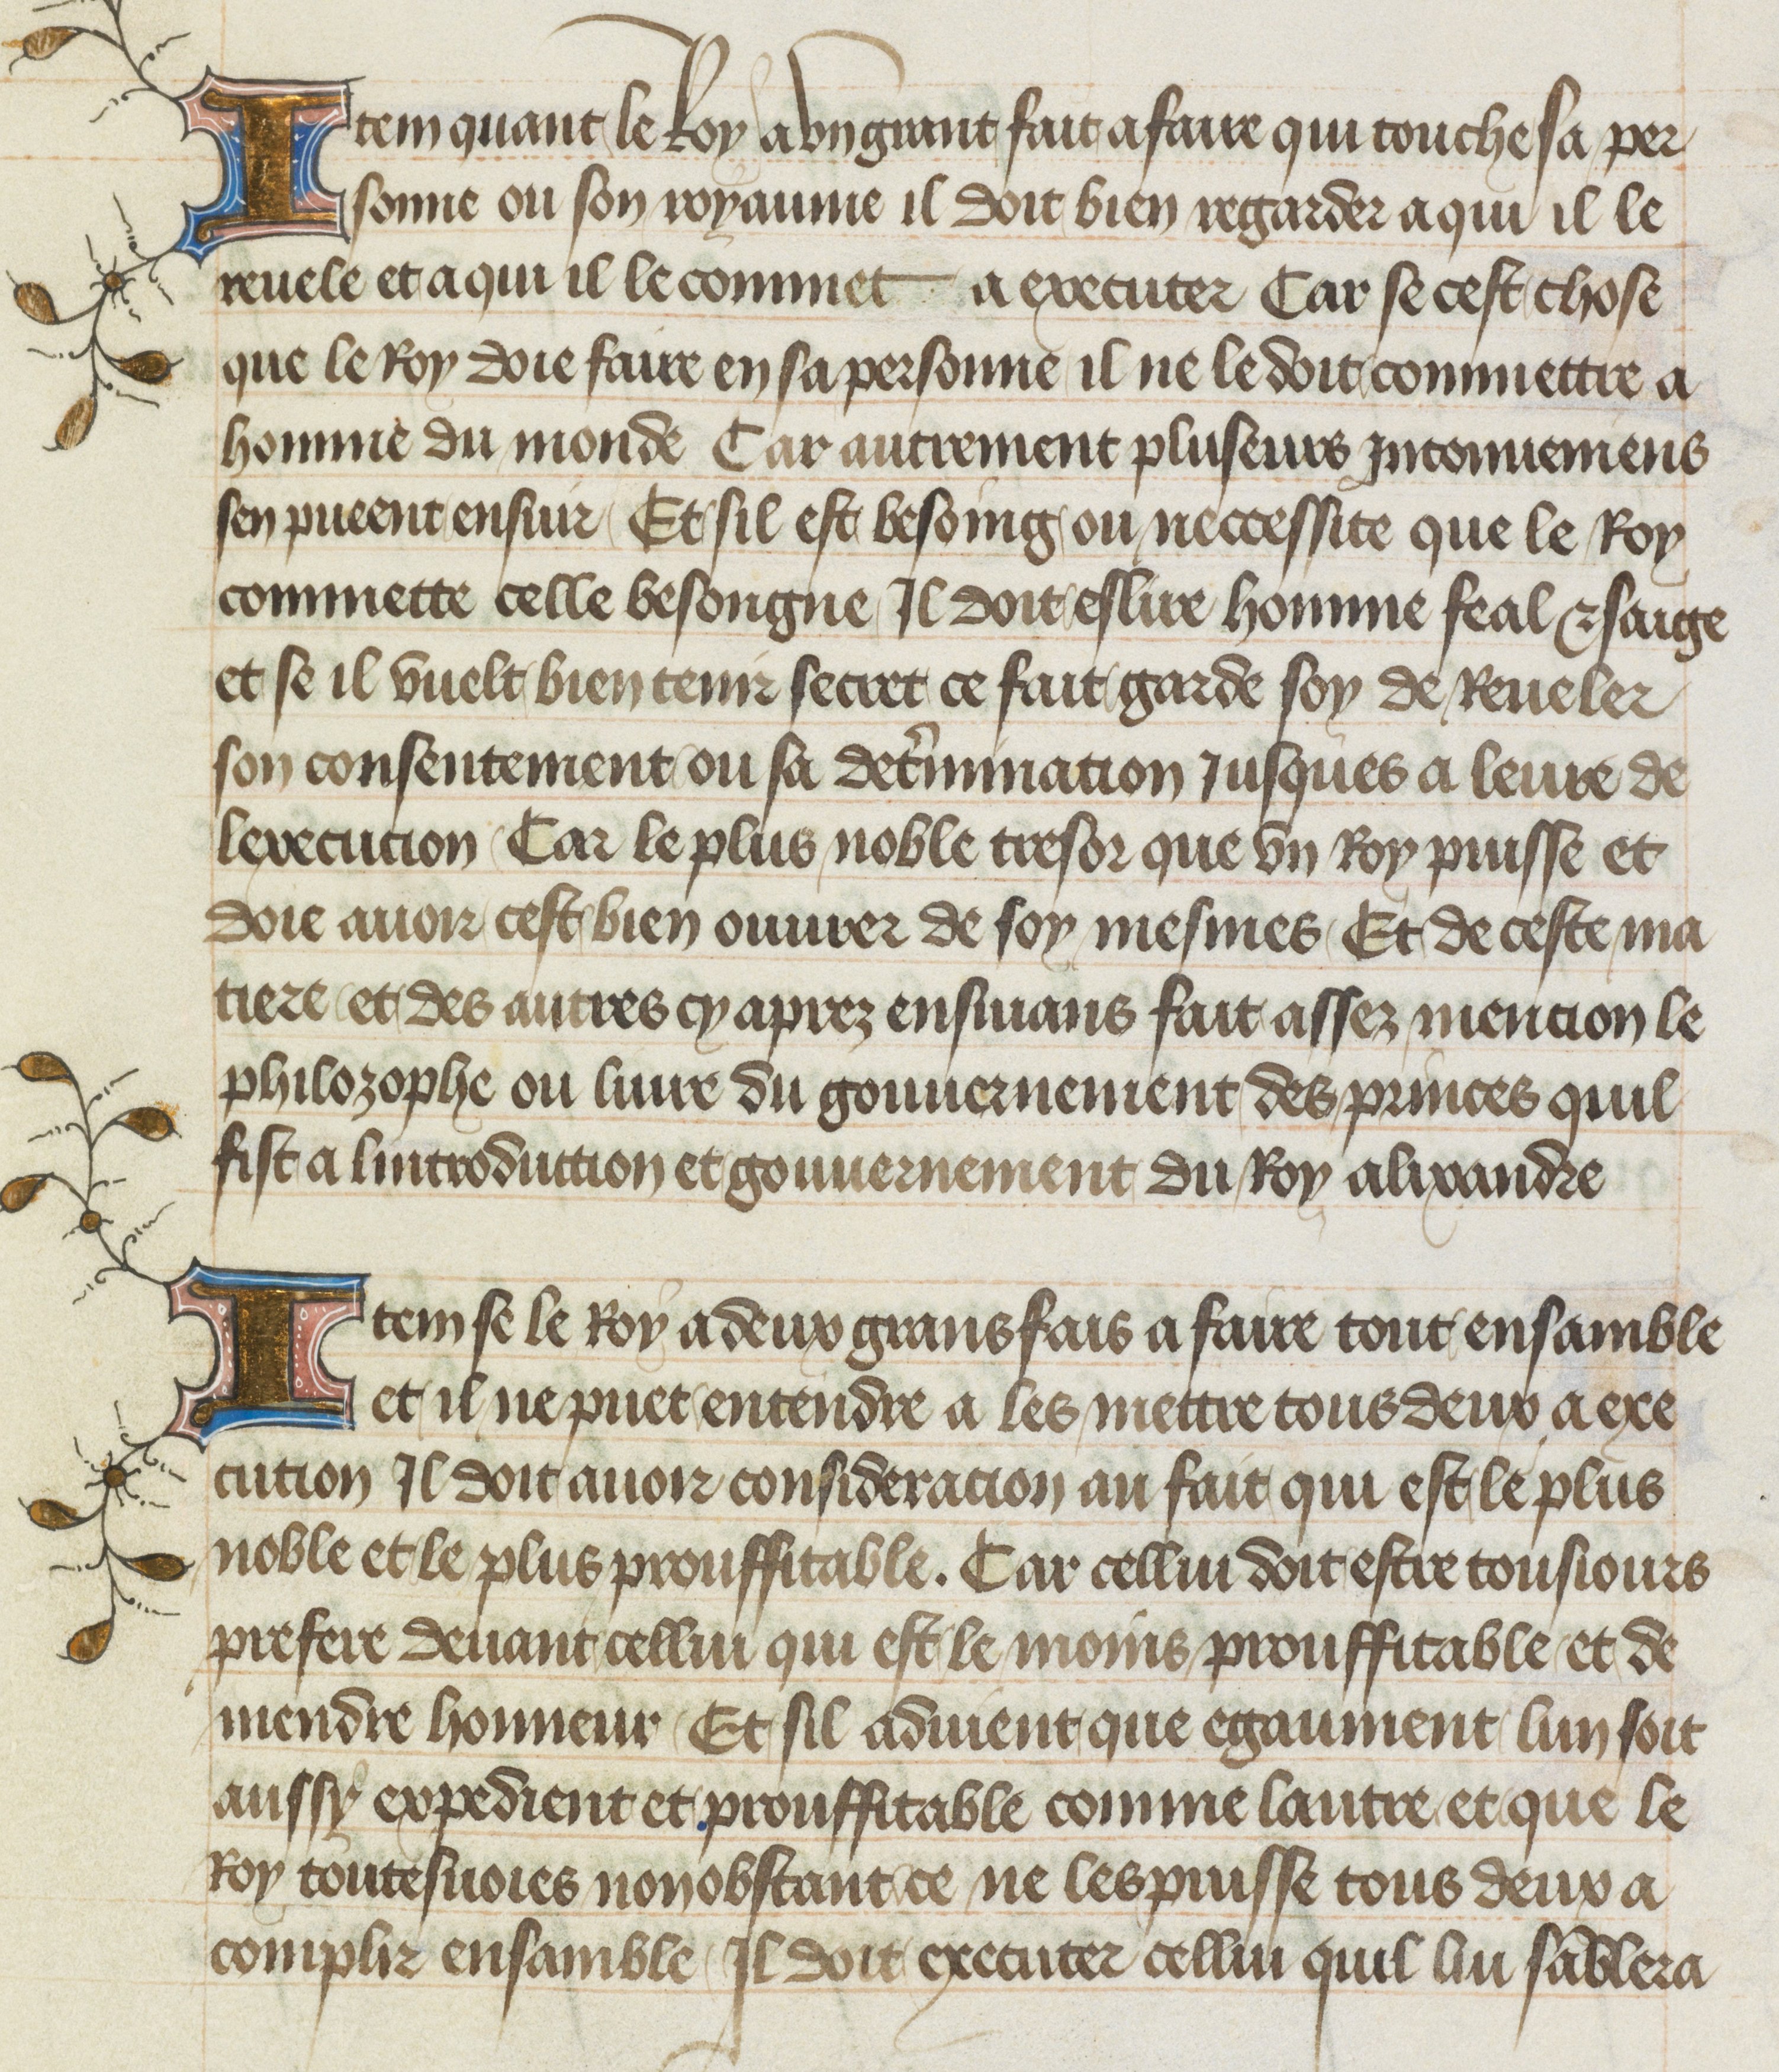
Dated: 1412–1415